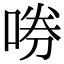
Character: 𫪤